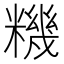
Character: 𥼘